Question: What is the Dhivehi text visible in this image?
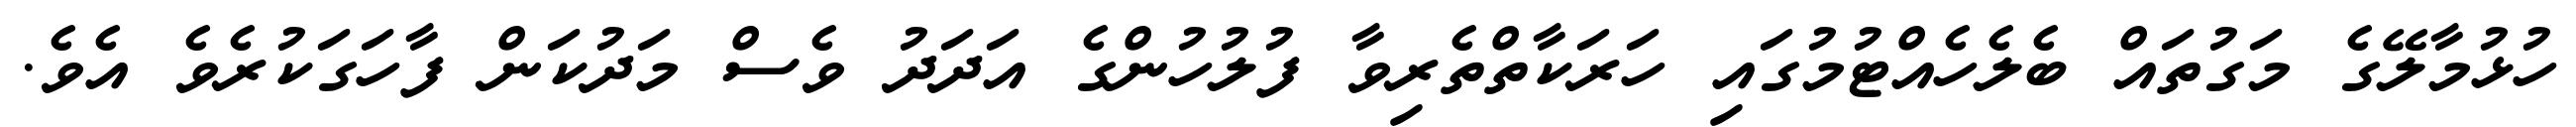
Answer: ހުޅުމާލޭގެ މަގުތައް ބެލެހެއްޓުމުގައި ހަރަކާތްތެރިވާ ފުލުހުންގެ އަދަދު ވެސް މަދުކަން ފާހަގަކުރެވެ އެވެ.